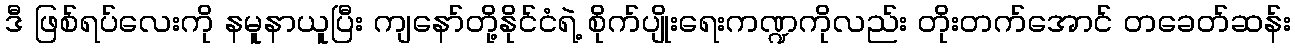
ဒီ ဖြစ်ရပ်လေးကို နမူနာယူပြီး ကျနော်တို့နိုင်ငံရဲ့ စိုက်ပျိုးရေးကဏ္ဍကိုလည်း တိုးတက်အောင် တခေတ်ဆန်း